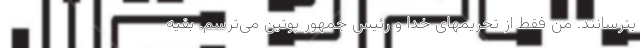
بترسانند. من فقط از تحریمهای خدا و رئیس جمهور پوتین می‌ترسم. بقیه